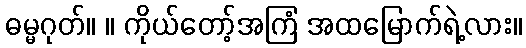
ဓမ္မဂုတ်။ ။ ကိုယ်တော့်အကြံ အထမြောက်ရဲ့လား။